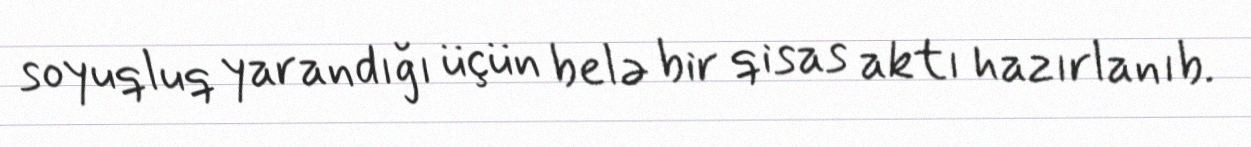
soyuqluq yarandığı üçün belə bir qisas aktı hazırlanıb.